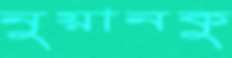
নুয়ানকু